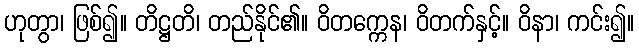
ဟုတွာ၊ ဖြစ်၍။ တိဋ္ဌတိ၊ တည်နိုင်၏။ ဝိတက္ကေန၊ ဝိတက်နှင့်။ ဝိနာ၊ ကင်း၍။